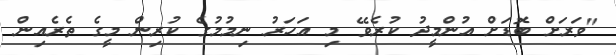
"ވަރަށް ބޮޑަށް އުންމީދު ކުރެވޭ މި އަހަރު ނިމުމުގެ ކުރިން މީގެ ތެރެއިން